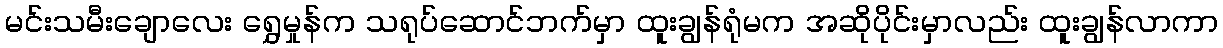
မင်းသမီးချောလေး ရွှေမှုန်က သရုပ်ဆောင်ဘက်မှာ ထူးချွန်ရုံမက အဆိုပိုင်းမှာလည်း ထူးချွန်လာကာ